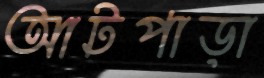
আটপাড়া